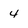
Character: 4